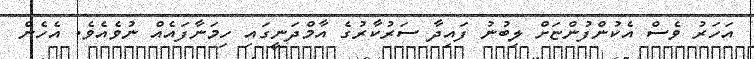
އަހަރު ވެސް އެކުންފުންޏަށް ލިބުނު ފައިދާ ސަރުކާރުގެ އާމްދަނީގައި ހިމަނާފައެއް ނުވެއެވެ. އެހެން